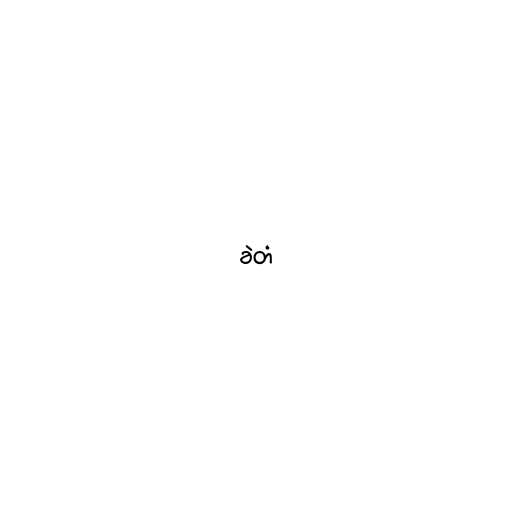
ခဲတံ